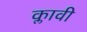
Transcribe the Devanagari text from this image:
क्लावी